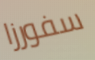
سفورزا